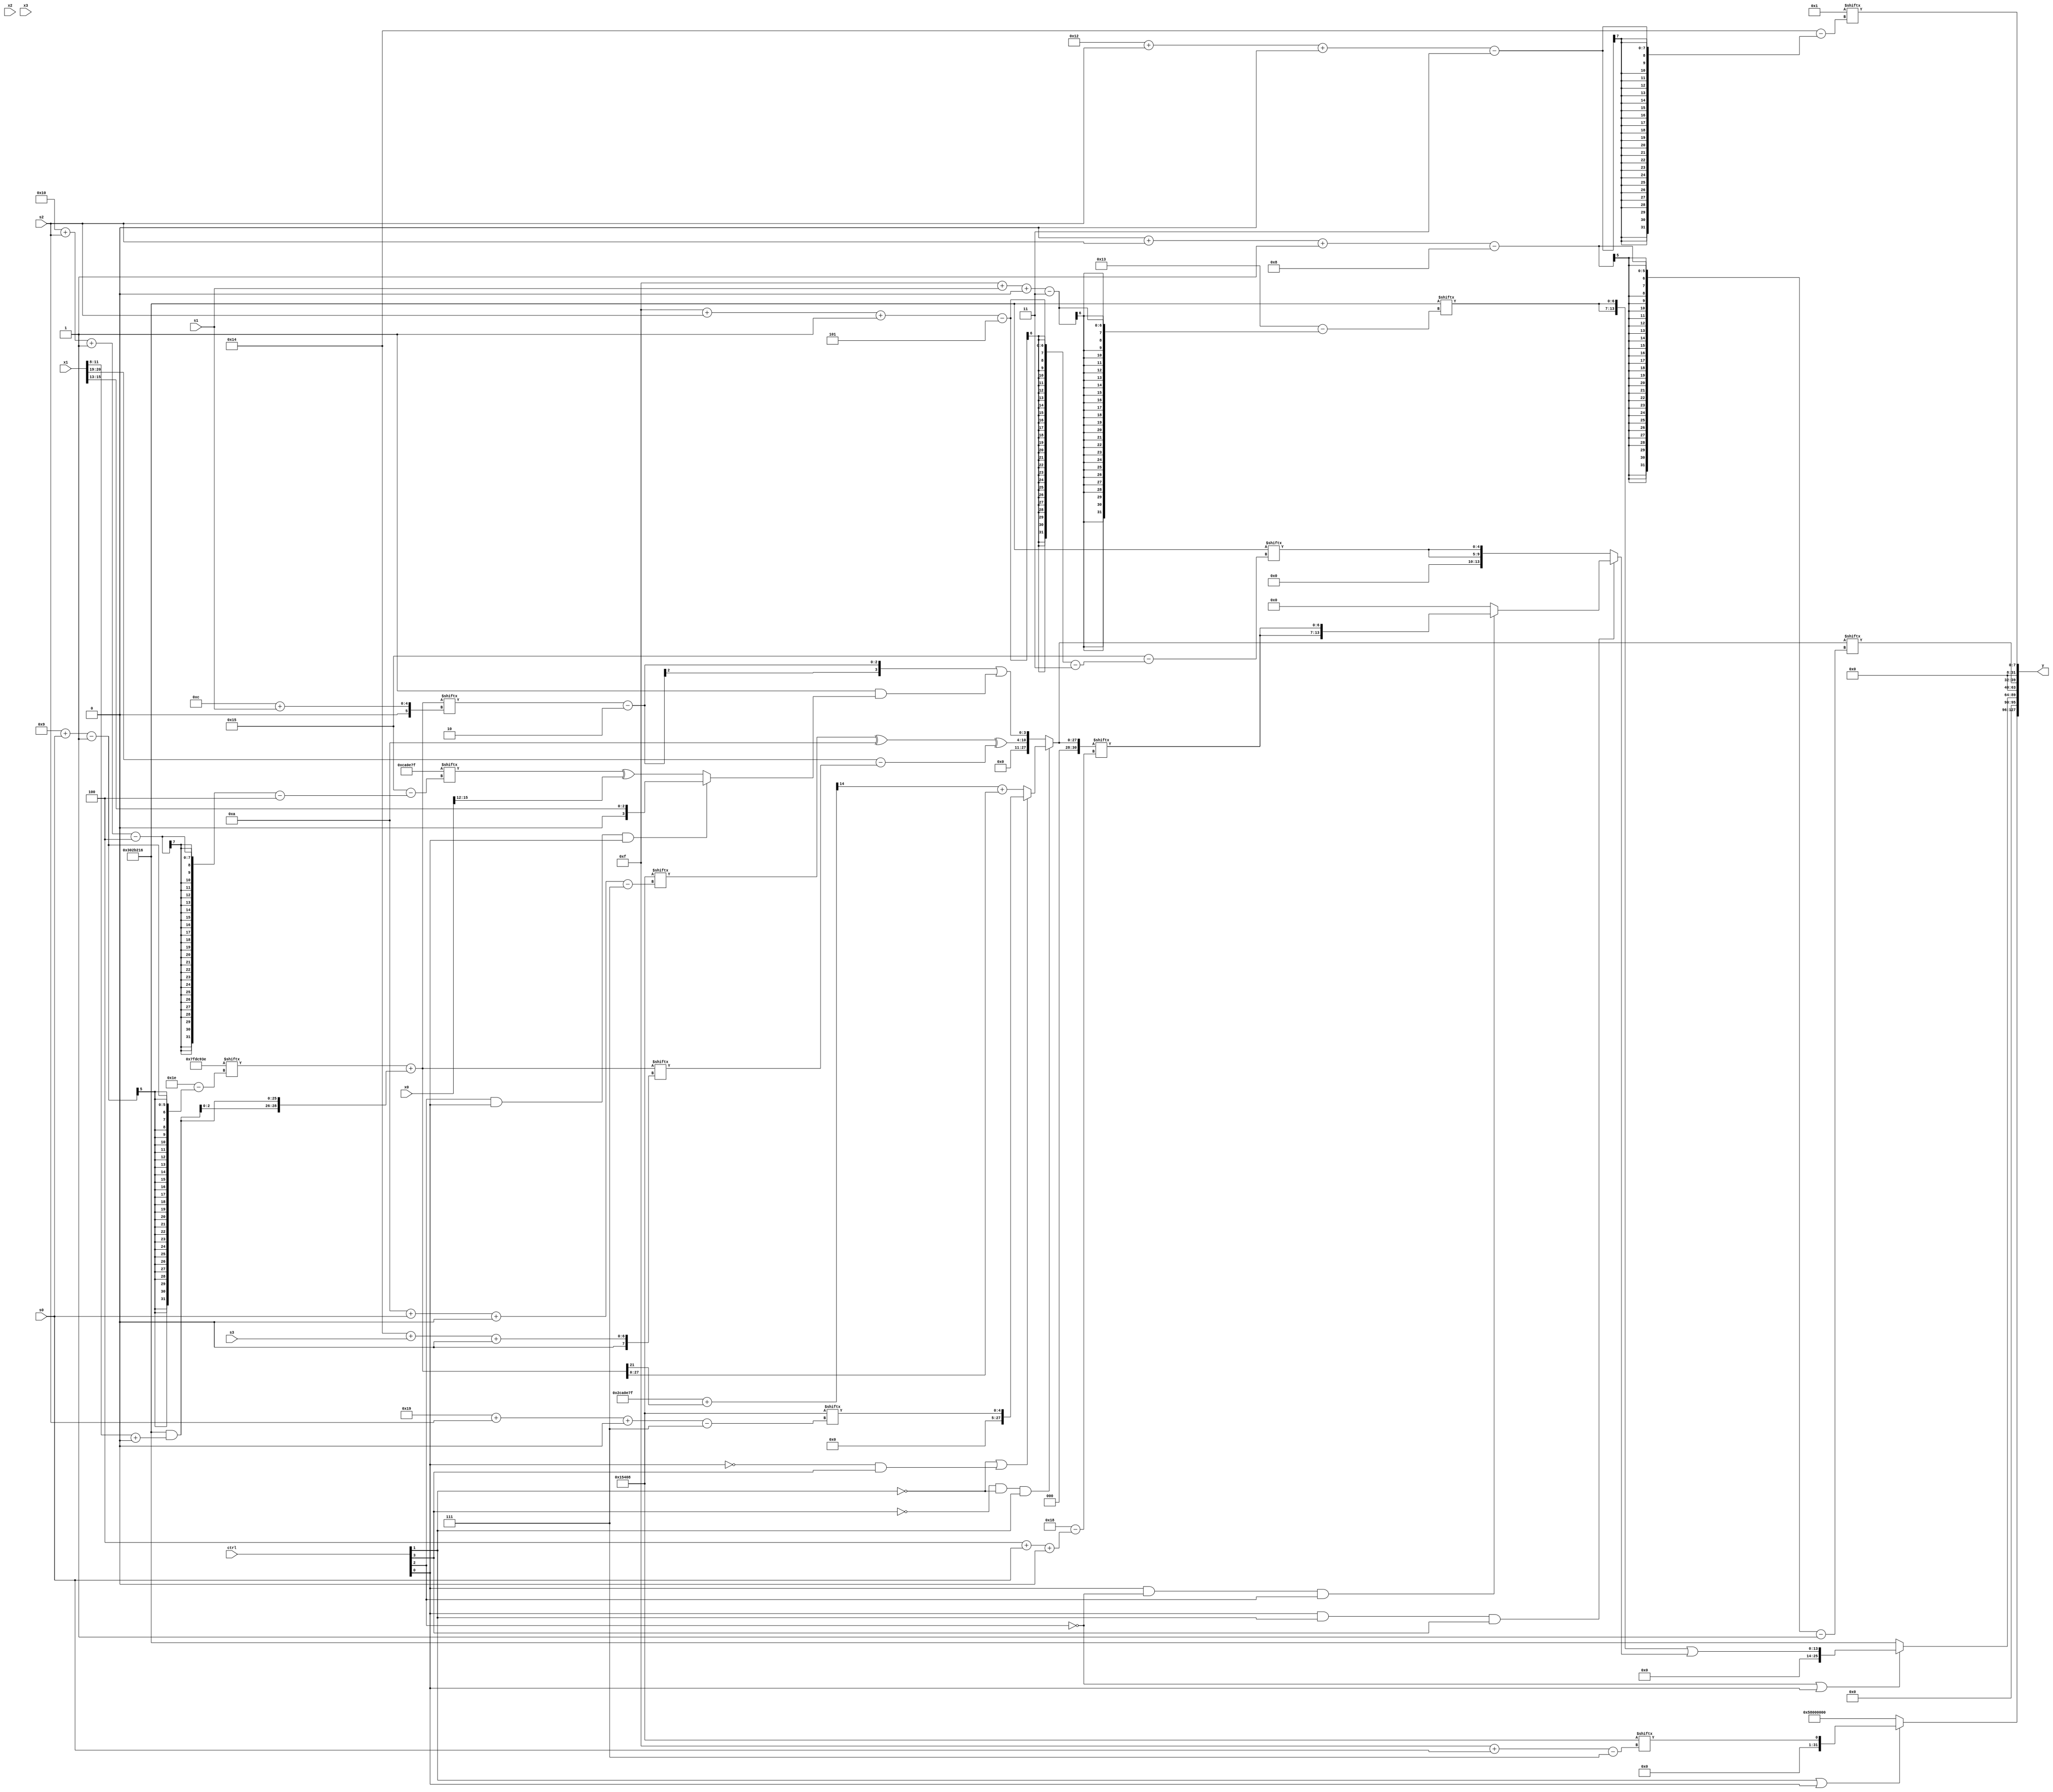
module partsel_00427(ctrl, s0, s1, s2, s3, x0, x1, x2, x3, y);
  input [3:0] ctrl;
  input [2:0] s0;
  input [2:0] s1;
  input [2:0] s2;
  input [2:0] s3;
  input signed [31:0] x0;
  input signed [31:0] x1;
  input signed [31:0] x2;
  input [31:0] x3;
  wire [28:0] x4;
  wire signed [30:5] x5;
  wire [28:1] x6;
  wire [27:1] x7;
  wire signed [3:30] x8;
  wire signed [3:27] x9;
  wire signed [25:5] x10;
  wire signed [28:4] x11;
  wire signed [0:30] x12;
  wire [25:0] x13;
  wire signed [1:30] x14;
  wire [1:30] x15;
  output [127:0] y;
  wire [31:0] y0;
  wire signed [31:0] y1;
  wire signed [31:0] y2;
  wire [31:0] y3;
  assign y = {y0,y1,y2,y3};
  localparam signed [3:28] p0 = 50508310;
  localparam [26:7] p1 = 756110344;
  localparam signed [4:28] p2 = 80350847;
  localparam signed [1:31] p3 = 134072638;
  assign x4 = (p3[9 + s0] + {2{(p0 & (x1[8 +: 4] + p2[15 +: 1]))}});
  assign x5 = ({2{p2}} + x4[21]);
  assign x6 = (!ctrl[3] && !ctrl[1] && ctrl[1] ? {{2{(ctrl[2] || !ctrl[1] || ctrl[2] ? p3[23 + s0 -: 7] : {2{p1[8 +: 4]}})}}, (!ctrl[1] || !ctrl[0] && ctrl[3] ? p1[25 + s2 +: 5] : {p3[15 + s3 +: 3], (x5[19 -: 1] + x4)})} : {((p1[10 + s0 +: 7] ^ {2{p3[21 -: 2]}}) ^ (x1[20 -: 2] - x4[20 + s3 +: 7])), ((x4[12 + s1] - p1[12 -: 4]) | (p0[15] & (ctrl[2] && ctrl[0] && ctrl[0] ? x1[13 +: 3] : (p2[16 + s2 -: 4] ^ x0[15 -: 4]))))});
  assign x7 = {2{p0[15 + s1 +: 7]}};
  assign x8 = p2[23];
  assign x9 = x6[18 -: 1];
  assign x10 = x7[11 +: 4];
  assign x11 = (p2[12] & ({{p2, x0[16 + s0 -: 3]}, (!ctrl[2] && !ctrl[2] || !ctrl[3] ? (x1[15 + s2 +: 1] + x5[22 -: 4]) : (((x1[31 + s1 -: 8] ^ x10[21 + s3 +: 5]) + x0[24 + s3 +: 8]) + p3[11 + s2 +: 1]))} ^ p3[15]));
  assign x12 = x6;
  assign x13 = {2{{2{x4}}}};
  assign x14 = p1[21];
  assign x15 = (!ctrl[2] || ctrl[2] && !ctrl[0] ? x12[29 + s1 +: 8] : p2[15 +: 1]);
  assign y0 = (ctrl[1] || ctrl[1] || ctrl[0] ? p1[15 + s0] : (p0 ^ {p3[23 -: 1], {((x14[7 + s2 -: 3] ^ p2[9]) + x5), {2{p0}}}}));
  assign y1 = (!ctrl[2] || ctrl[0] && ctrl[0] ? (x7 | (ctrl[0] && ctrl[1] && ctrl[3] ? (ctrl[0] && !ctrl[2] && ctrl[2] ? {2{x12[4 + s0 +: 7]}} : x9[17 -: 3]) : {2{p0[15 + s2 -: 5]}})) : p0);
  assign y2 = x6[0 + s2 -: 8];
  assign y3 = x8[18 + s2 +: 8];
endmodule